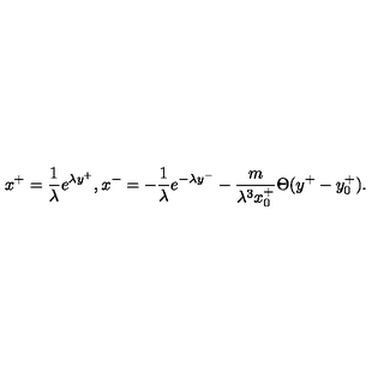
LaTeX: x ^ { + } = \frac { 1 } { \lambda } e ^ { \lambda y ^ { + } } , x ^ { - } = - \frac { 1 } { \lambda } e ^ { - \lambda y ^ { - } } - \frac { m } { \lambda ^ { 3 } x _ { 0 } ^ { + } } \Theta ( y ^ { + } - y _ { 0 } ^ { + } ) .